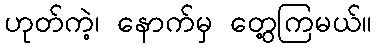
ဟုတ်ကဲ့၊ နောက်မှ တွေ့ကြမယ်။